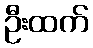
ဦးထက်